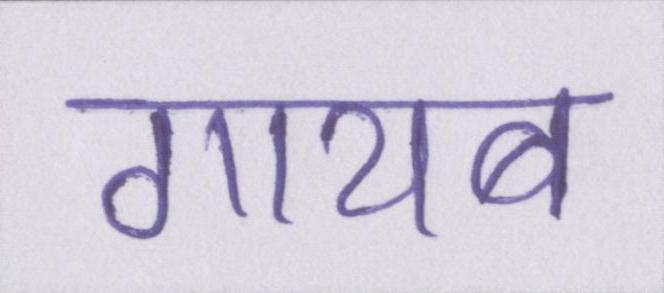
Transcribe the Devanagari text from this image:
गायब